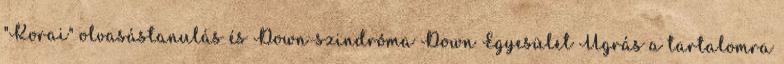
"Korai" olvasástanulás és Down-szindróma Down Egyesület Ugrás a tartalomra